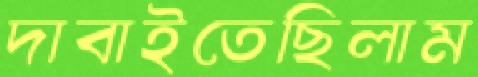
দাবাইতেছিলাম